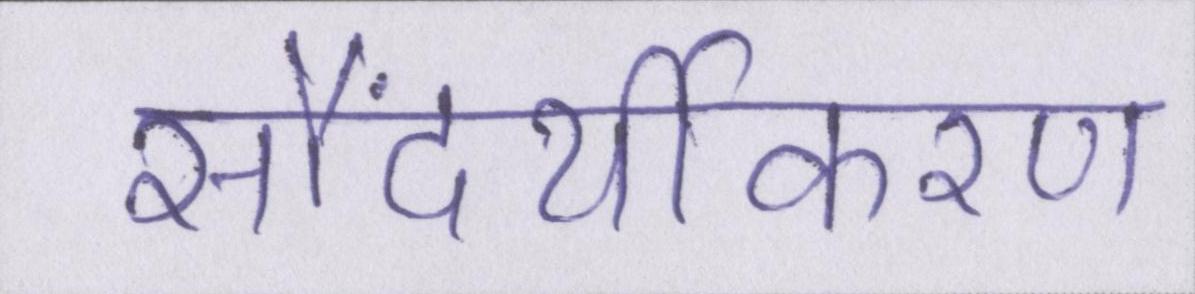
सौंदर्यीकरण